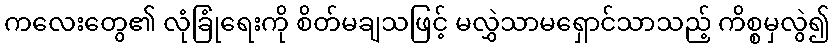
ကလေးတွေ၏ လုံခြုံရေးကို စိတ်မချသဖြင့် မလွှဲသာမရှောင်သာသည့် ကိစ္စမှလွဲ၍